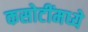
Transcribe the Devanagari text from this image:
कसोटींमध्ये